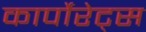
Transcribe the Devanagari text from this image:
कार्पोरेट्स